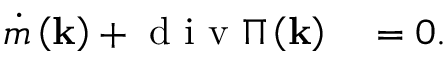
\begin{array} { r l } { \dot { m } \left( \mathbf { k } \right) + \mathrm { ~ d ~ i ~ v ~ } \Pi \left( \mathbf { k } \right) } & { { } = 0 . } \end{array}